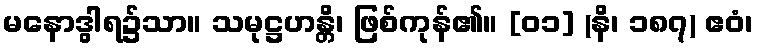
မနောဒွါရ၌သာ။ သမုဋ္ဌဟန္တိ၊ ဖြစ်ကုန်၏။ [၀၁] (နိ၊ ၁၈၇) ဧဝံ၊